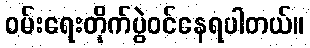
ဝမ်းရေးတိုက်ပွဲဝင်နေရပါတယ်။